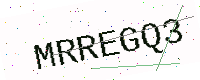
Text: MRREGQ3